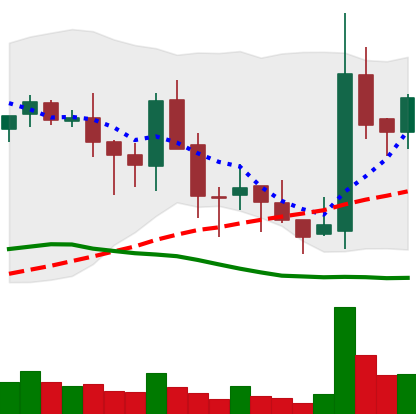
Ticker: BNB-USD
Chart end date: 2018-05-21
Forward return: -13.335%
Label: down_7plus